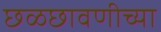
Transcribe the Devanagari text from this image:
छळछावणीच्या